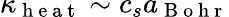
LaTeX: \kappa_{\mathrm{~h~e~a~t~}}\sim c_{s}a_{\mathrm{~B~o~h~r~}}